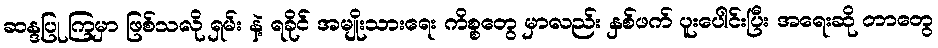
ဆန္ဒပြု ကြမှာ ဖြစ်သလို ရှမ်း နဲ့ ရခိုင် အမျိုးသားရေး ကိစ္စတွေ မှာလည်း နှစ်ဖက် ပူးပေါင်းပြီး အရေးဆို တာတွေ